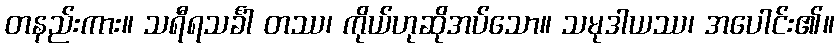
တနည်းကား။ သရီရသင်္ခါ တဿ၊ ကိုယ်ဟုဆိုအပ်သော။ သမုဒါယဿ၊ အပေါင်း၏။